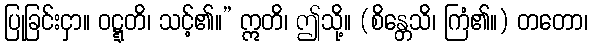
ပြုခြင်းငှာ။ ဝဋ္ဋတိ၊ သင့်၏။” ဣတိ၊ ဤသို့။ (စိန္တေသိ၊ ကြံ၏။) တတော၊